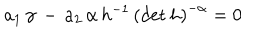
a _ { 1 } \, \gamma \, - \, a _ { 2 } \, \alpha \, h ^ { - 1 } \, \left( \mathrm { d e t } \, h \right) ^ { - \alpha } = 0